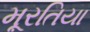
મૂરતિયા